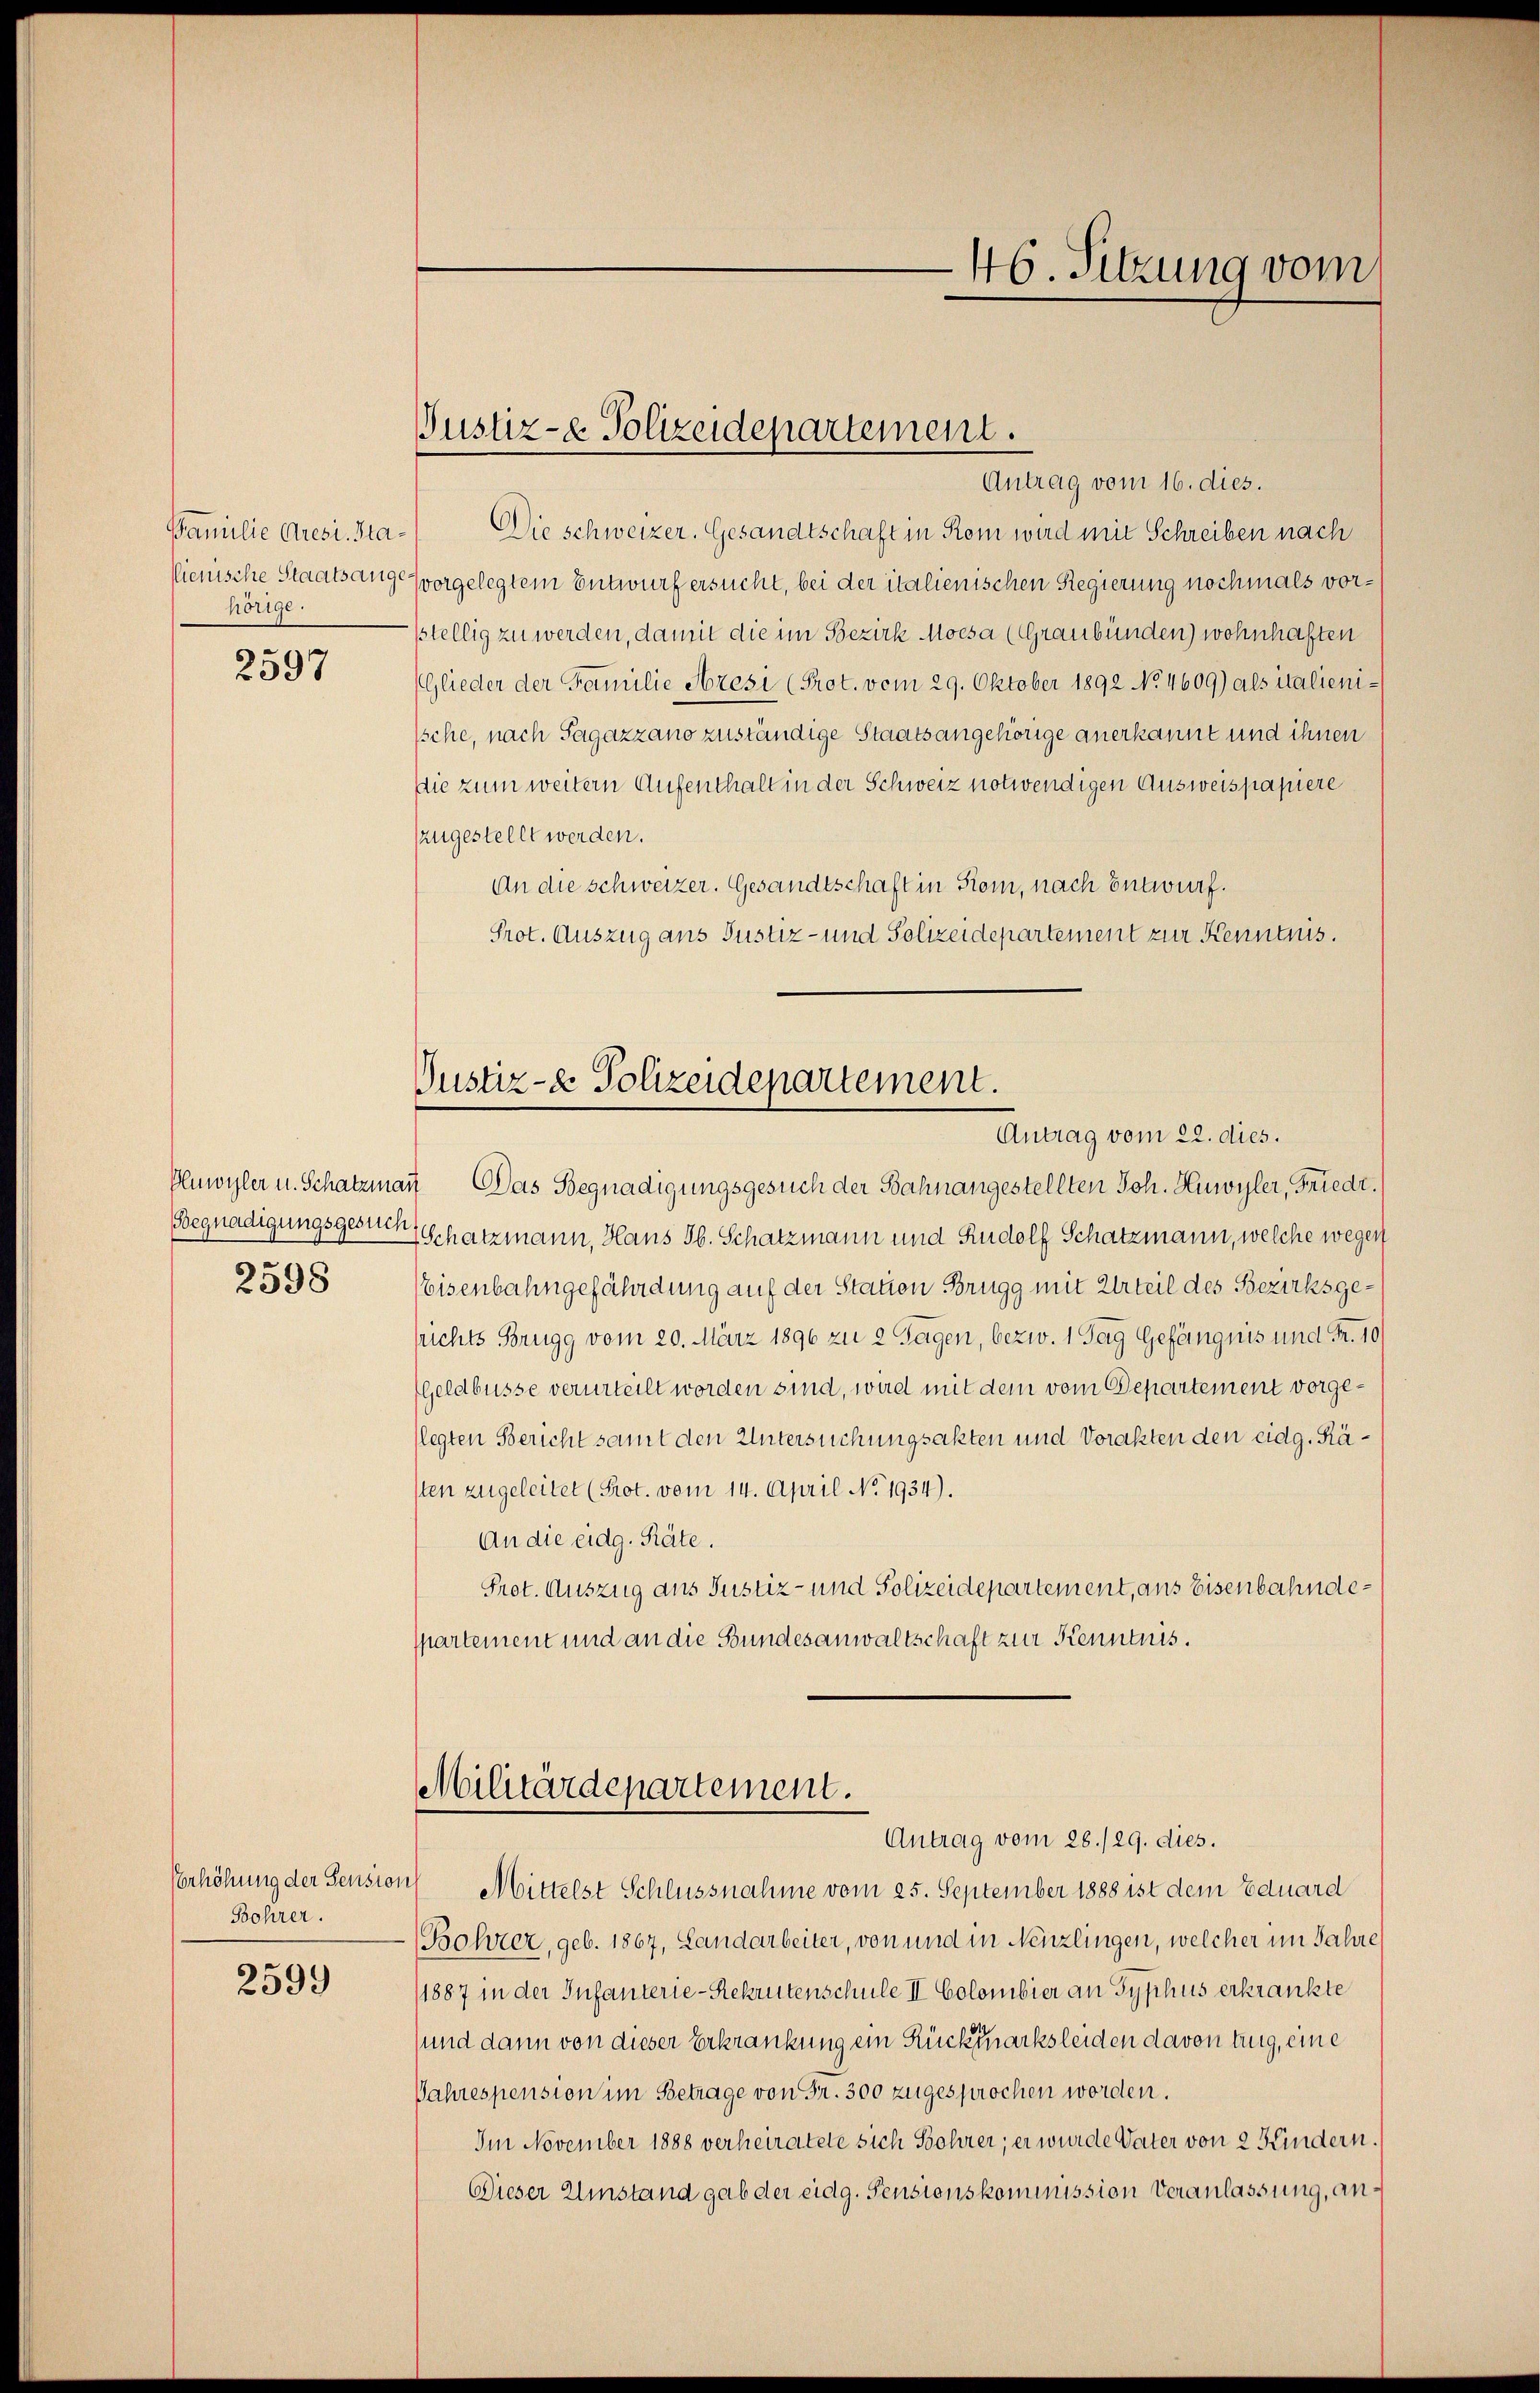
lienische Staatsange
hörige.

2597

2598

Verhöhung der Pension
Bohrer.

2599

Justiz-e Polizeidepartement.

Justiz- & Polizeidepartement.
Antrag vom 22. dies.

46. Sitzung vom

Antrag vom 16. dies.
Familie Aresi. Sta- Die schweizer. Gesandtschaft in Rom wird mit Schreiben nach
vorgelegtem Entwurf ersucht, bei der italienischen Regierung nochmals vorstellig zu werden, damit die im Bezirk Mocsa (Graubünden) wohnhaften
Glieder der Familie Aresi (Prot. vom 29. Oktober 1892 No 4609) als italienische, nach Sagazzano zuständige Staatsangehörige anerkannt und ihnen
Die zum weitern Aufenthalt in der Schweiz notwendigen Ausweispapiere
zzugestellt werden.
An die Schweizer. Gesandtschaft in Rom, nach Entwurf.
Prot. Auszug aus Justiz- und Polizeidepartement zur Kenntnis.
Olmwyler u. Schatzmann Das Begnadigungsgesuch der Bahnangestellten Joh. Huwyler, Friedt.
Begnadigungsgesucht schatzmann, Hans Jb. Schatzmann und Rudolf Schatzmann, welche wegen
Eisenbahngefährdung auf der Station Brugg mit Urteil des Bezirksgesrichts Brugg vom 20. März 1890 zu 2 Tagen, bezw. 1 Tag Gefängnis und Fr. 10/
Geldbusse verurteilt worden sind, wird mit dem vom Departement vorgelegten Bericht samt den Untersuchungsakten und Vorakten den eidg. Rästen zugeleitet (Prot. vom 14. April No 1934).
An die eidg. Räte.
Prot. Auszug aus Justiz- und Polizeidepartement, aus Eisenbahndespartement und an die Bundesanwaltschaft zur Kenntnis.
Militärdepartement.
Antrag vom 28./29. dies.
u Mittelst Schlussnahme vom 25. September 1888 ist dem Eduard
Bohrer, geb. 1867, Landarbeiter, von und in Nenzlingen, welcher im Jahre
1887 in der Infanterie-Rekrutenschule II Colombier an Typhus erkrankte
sund dann von dieser Erkrankung ein Rückzacksleiden davon trug, eine
Jahrespension im Betrage von Fr. 300 zugesprochen worden.
Im November 1888 verheiratete sich Sohrer; er wurde Vater von 2 Kindern.
Dieser Einstand gab der eidg. Pensionskommission Veranlassung, an¬